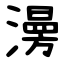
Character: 澷